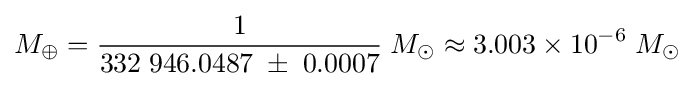
M_{\oplus }={\frac {1}{332\;946.0487\;\pm \;0.0007}}\;M_{\odot }\approx 3.003\times 10^{-6}\;M_{\odot }